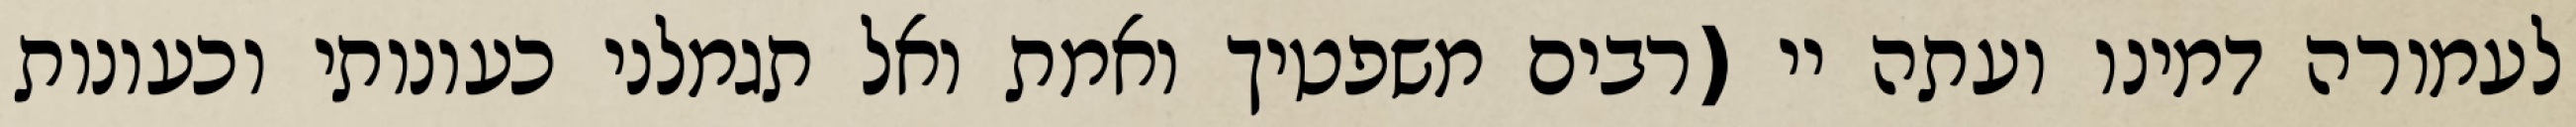
לעמורה דמינו ועתה יי (רבים משפטיך ואמת ואל תגמלני כעונותי וכעונות